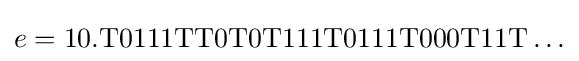
e=\mathrm {10.T0111TT0T0T111T0111T000T11T} \ldots